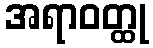
အရာဝတ္ထု